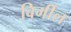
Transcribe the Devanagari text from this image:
विर्गील